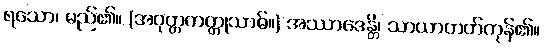
ရသော၊ မည်၏။ (အဝုတ္တကတ္တုသာဓ်။) အဿာဒေန္တိ၊ သာယာတတ်ကုန်၏။